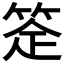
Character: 𬕈